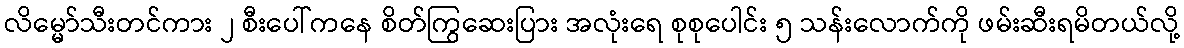
လိမ္မော်သီးတင်ကား ၂ စီးပေါ်ကနေ စိတ်ကြွဆေးပြား အလုံးရေ စုစုပေါင်း ၅ သန်းလောက်ကို ဖမ်းဆီးရမိတယ်လို့